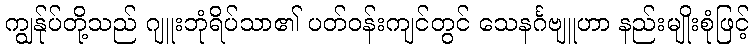
ကျွန်ုပ်တို့သည် ဂျူးဘုံရိပ်သာ၏ ပတ်ဝန်းကျင်တွင် သေနင်္ဂဗျူဟာ နည်းမျိုးစုံဖြင့်